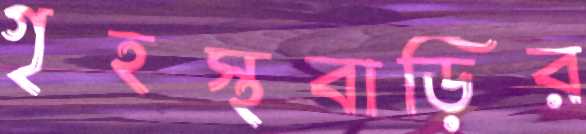
গৃহস্থবাড়ির